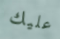
عليك